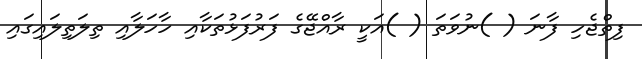
ފިތްޖެހި ފާނަ ( )ނުވަތަ ( )އަކީ ރާއްޖޭގެ ފަރުފަޅުތަކާއި ހާހަލާއި ތިލަތިލައިގައި